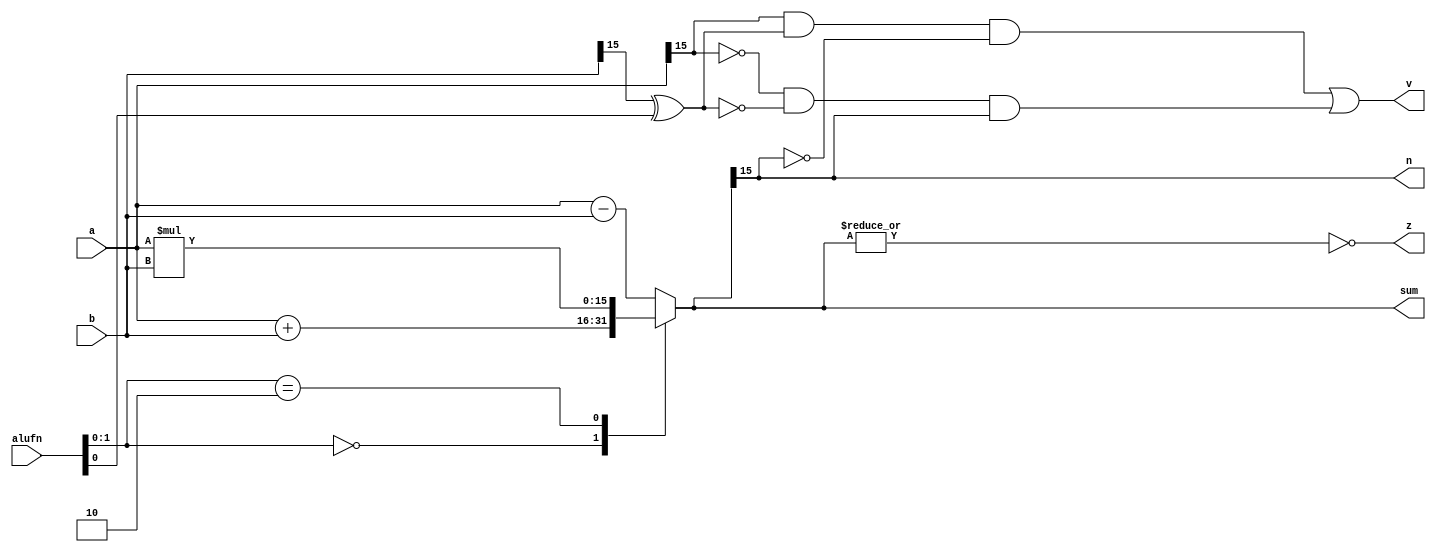
/*
   This file was generated automatically by the Mojo IDE version B1.3.6.
   Do not edit this file directly. Instead edit the original Lucid source.
   This is a temporary file and any changes made to it will be destroyed.
*/

module adder_4 (
    input [5:0] alufn,
    input [15:0] a,
    input [15:0] b,
    output reg [15:0] sum,
    output reg v,
    output reg z,
    output reg n
  );
  
  
  
  reg [15:0] sumt;
  
  reg [15:0] sum1;
  
  always @* begin
    
    case (alufn[0+1-:2])
      2'h0: begin
        sum1 = a - b;
        sumt = a + b;
      end
      2'h1: begin
        sum1 = a - b;
        sumt = a - b;
      end
      2'h2: begin
        sum1 = a - b;
        sumt = a * b;
      end
      default: begin
        sumt = a - b;
        sum1 = a - b;
      end
    endcase
    sum = sumt;
    n = sumt[15+0-:1];
    z = (~|sumt);
    v = (a[15+0-:1] & (b[15+0-:1] ^ alufn[0+0-:1]) & (~sumt[15+0-:1])) | ((~a[15+0-:1]) & (~(b[15+0-:1] ^ alufn[0+0-:1])) & sumt[15+0-:1]);
  end
endmodule